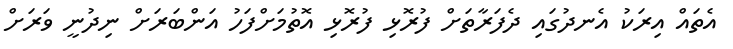
އެތައް އިރަކު އެނދުގައި ދެފަރާތަށް ފުރޮޅި ފުރޮޅި އޮތުމަށްފަހު އަންބަރަށް ނިދުނީ ވަރަށް